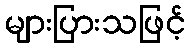
များပြားသဖြင့်